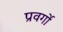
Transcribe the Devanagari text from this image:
प्रवर्गो